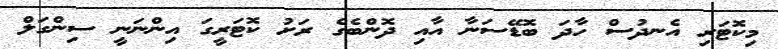
މިކޮޮޓަރި އެނދުސް ހާދަ ބޮޑޭސަނާ އާއި ދޮންބެގެ ރަށު ކޮޓަރީގަ އިންނަނީ ސިންގަލް